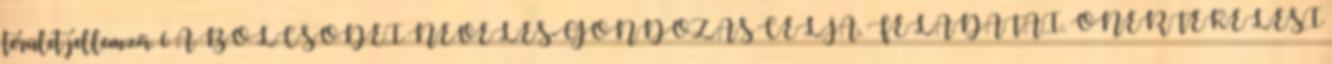
terület jellemzői. 6 A BÖLCSŐDEI NEVELÉS-GONDOZÁS CÉLJA, FELADATAI. ÖNÉRTÉKELÉSI